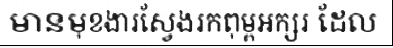
មានមុខងារស្វែងរកពុម្ពអក្សរ ដែល